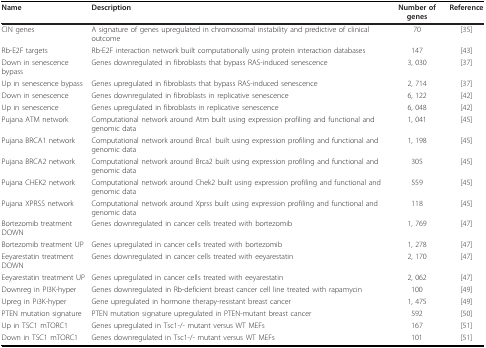
<table><thead><tr><td><b>Name</b></td><td><b>Description</b></td><td><b>Number of genes</b></td><td><b>Reference</b></td></tr></thead><tbody><tr><td>CIN genes</td><td>A signature of genes upregulated in chromosomal instability and predictive of clinical outcome</td><td>70</td><td>[35]</td></tr><tr><td>Rb-E2F targets</td><td>Rb-E2F interaction network built computationally using protein interaction databases</td><td>147</td><td>[43]</td></tr><tr><td>Down in senescence bypass</td><td>Genes downregulated in fibroblasts that bypass RAS-induced senescence</td><td>3, 030</td><td>[37]</td></tr><tr><td>Up in senescence bypass</td><td>Genes upregulated in fibroblasts that bypass RAS-induced senescence</td><td>2, 714</td><td>[37]</td></tr><tr><td>Down in senescence</td><td>Genes downregulated in fibroblasts in replicative senescence</td><td>6, 122</td><td>[42]</td></tr><tr><td>Up in senescence</td><td>Genes upregulated in fibroblasts in replicative senescence</td><td>6, 048</td><td>[42]</td></tr><tr><td>Pujana ATM network</td><td>Computational network around Atm built using expression profiling and functional and genomic data</td><td>1, 041</td><td>[45]</td></tr><tr><td>Pujana BRCA1 network</td><td>Computational network around Brca1 built using expression profiling and functional and genomic data</td><td>1, 198</td><td>[45]</td></tr><tr><td>Pujana BRCA2 network</td><td>Computational network around Brca2 built using expression profiling and functional and genomic data</td><td>305</td><td>[45]</td></tr><tr><td>Pujana CHEK2 network</td><td>Computational network around Chek2 built using expression profiling and functional and genomic data</td><td>559</td><td>[45]</td></tr><tr><td>Pujana XPRSS network</td><td>Computational network around Xprss built using expression profiling and functional and genomic data</td><td>118</td><td>[45]</td></tr><tr><td>Bortezomib treatment DOWN</td><td>Genes downregulated in cancer cells treated with bortezomib</td><td>1, 769</td><td>[47]</td></tr><tr><td>Bortezomib treatment UP</td><td>Genes upregulated in cancer cells treated with bortezomib</td><td>1, 278</td><td>[47]</td></tr><tr><td>Eeyarestatin treatment DOWN</td><td>Genes downregulated in cancer cells treated with eeyarestatin</td><td>2, 170</td><td>[47]</td></tr><tr><td>Eeyarestatin treatment UP</td><td>Genes upregulated in cancer cells treated with eeyarestatin</td><td>2, 062</td><td>[47]</td></tr><tr><td>Downreg in PI3K-hyper</td><td>Genes downregulated in Rb-deficient breast cancer cell line treated with rapamycin</td><td>100</td><td>[49]</td></tr><tr><td>Upreg in Pi3K-hyper</td><td>Gene upregulated in hormone therapy-resistant breast cancer</td><td>1, 475</td><td>[49]</td></tr><tr><td>PTEN mutation signature</td><td>PTEN mutation signature upregulated in PTEN-mutant breast cancer</td><td>592</td><td>[50]</td></tr><tr><td>Up in TSC1 mTORC1</td><td>Genes upregulated in Tsc1-/- mutant versus WT MEFs</td><td>167</td><td>[51]</td></tr><tr><td>Down in TSC1 mTORC1</td><td>Genes downregulated in Tsc1-/- mutant versus WT MEFs</td><td>101</td><td>[51]</td></tr></tbody></table>